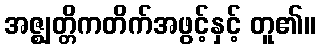
အဇ္ဈတ္တိကတိက်အဖွင့်နှင့် တူ၏။